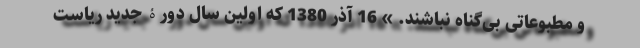
و مطبوعاتی بی‌گناه نباشند. » 16 آذر 1380 که اولین سال دورۀ جدید ریاست